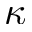
\kappa